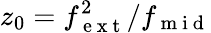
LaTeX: z_{0}=f_{\mathrm{~e~x~t~}}^{2}/f_{\mathrm{~m~i~d~}}